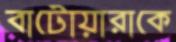
বাটোয়ারাকে